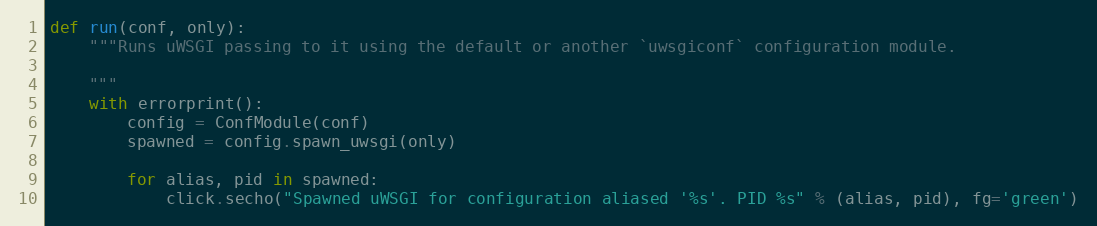
Language: Python
def run(conf, only):
    """Runs uWSGI passing to it using the default or another `uwsgiconf` configuration module.

    """
    with errorprint():
        config = ConfModule(conf)
        spawned = config.spawn_uwsgi(only)

        for alias, pid in spawned:
            click.secho("Spawned uWSGI for configuration aliased '%s'. PID %s" % (alias, pid), fg='green')